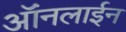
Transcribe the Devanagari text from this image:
ऑंनलाईन